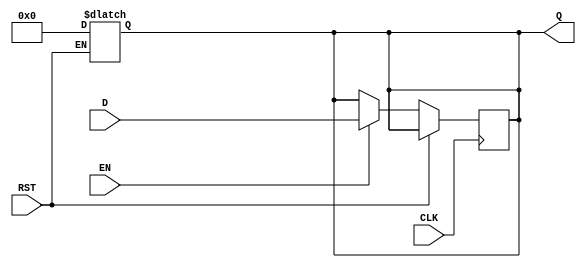
module stage_register #(
    parameter WIDTH = 8  // Parameter to define the width of the register
)(
    input wire [WIDTH-1:0] D,     // Data input
    input wire CLK,                // Clock input
    input wire RST,                // Reset input
    input wire EN,                 // Enable input
    output reg [WIDTH-1:0] Q       // Data output
);

// Asynchronous reset
always @(*) begin
    if (RST) begin
        Q <= {WIDTH{1'b0}}; // Reset output to zero
    end
end

// Synchronous operation with enable
always @(posedge CLK) begin
    if (!RST) begin
        if (EN) begin
            Q <= D; // Capture data on clock edge if enabled
        end
        // If EN is low, retain previous value of Q
    end
end

endmodule